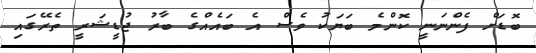
ބޮޑަށް ފެންނަނީ ކޮންމެ ބަޔަކު ވެސް އެ ބައެއްގެ ބާރު ޖުޑީޝަރީ ތެރޭގައި